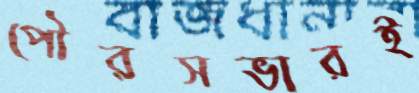
পৌরসভারই